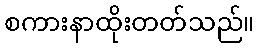
စကားနာထိုးတတ်သည်။